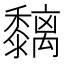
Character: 黐